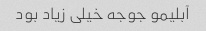
آبلیمو جوجه خیلی زیاد بود